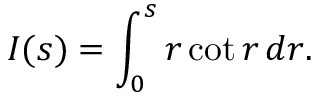
I ( s ) = \int _ { 0 } ^ { s } r \cot r \, d r .